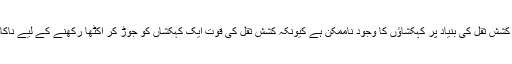
صرف کشش ثقل کی بنیاد پر کہکشاؤں کا وجود ناممکن ہے کیونکہ کشش ثقل کی قوت ایک کہکشاں کو جوڑ کر اکٹھا رکھنے کے لیے ناکافی ہے۔